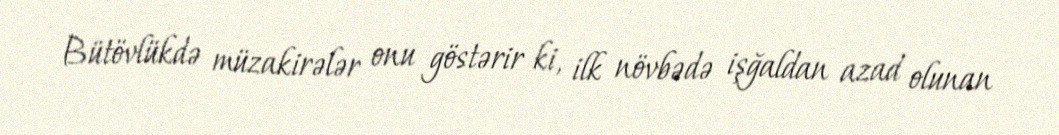
Bütövlükdə müzakirələr onu göstərir ki, ilk növbədə işğaldan azad olunan